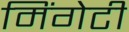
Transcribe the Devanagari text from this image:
मिंगेटी